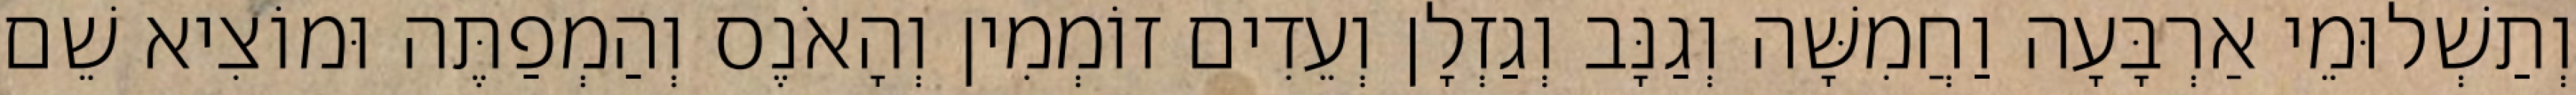
וְתַשְׁלוּמֵי אַרְבָּעָה וַחֲמִשָּׁה וְגַנָּב וְגַזְלָן וְעֵדִים זוֹמְמִין וְהָאֹנֶס וְהַמְפַתֶּה וּמוֹצִיא שֵׁם